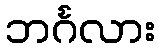
ဘင်္ဂလား